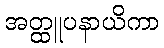
အတ္ထူပနာယိကာ